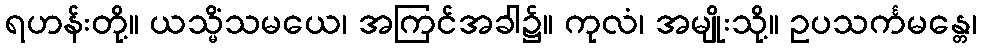
ရဟန်းတို့။ ယသ္မိံသမယေ၊ အကြင်အခါ၌။ ကုလံ၊ အမျိုးသို့။ ဥပသင်္ကမန္တေ၊